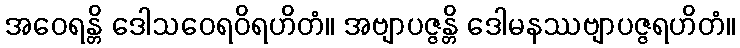
အဝေရန္တိ ဒေါသဝေရဝိရဟိတံ။ အဗျာပဇ္ဇန္တိ ဒေါမနဿဗျာပဇ္ဇရဟိတံ။